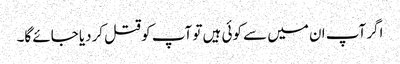
اگر آپ ان میں سے کوئی ہیں تو آپ کو قتل کردیا جائے گا۔